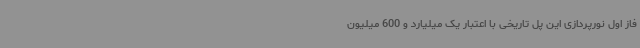
فاز اول نورپردازی این پل تاریخی با اعتبار یک میلیارد و 600 میلیون